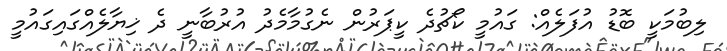
ލިބުމަކީ ބޮޑު އުފަލެއް: ގައުމީ ކޯޗުދެ ކީޕަރުން ނެގުމާމެދު އުރުބާނީ ދެ ޚިޔާލެއްގައިގައުމީ